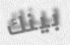
بينك